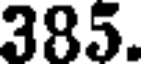
385.